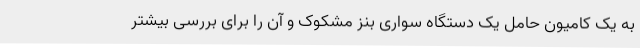
به یک کامیون حامل یک دستگاه سواری بنز مشکوک و آن را برای بررسی بیشتر